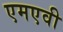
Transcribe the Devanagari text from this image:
एमएवी